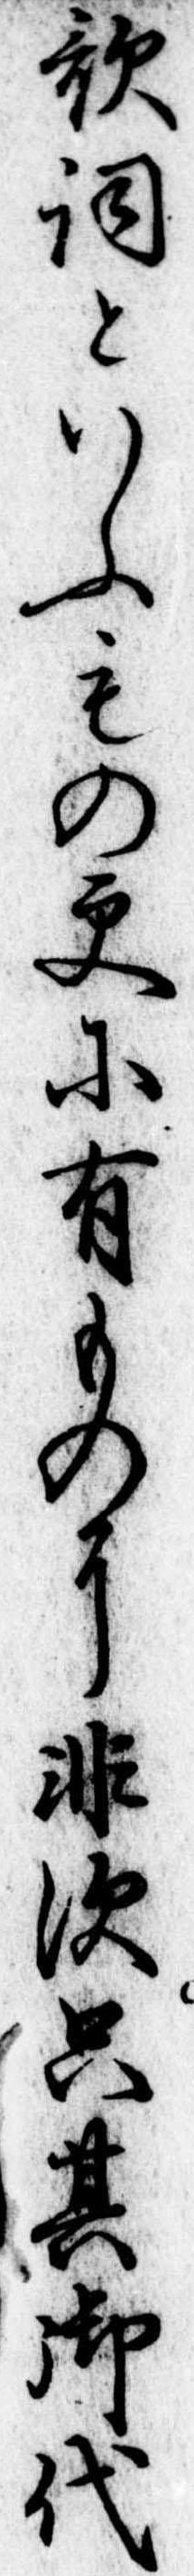
歌詞といふもの更に有ものに非す只其御代